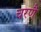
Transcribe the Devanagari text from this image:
चरणै